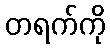
တရက်ကို